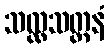
သလ္လသတ္ထနံ